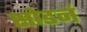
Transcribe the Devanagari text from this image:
सोडनं